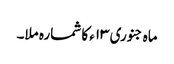
ماہ جنوری ۱۳ء کا شمارہ ملا۔